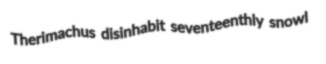
Therimachus disinhabit seventeenthly snowl